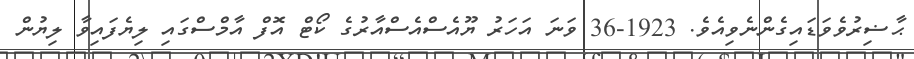
ޙާޟިރުވެވަޑައިގެންނެވިއެވެ. 1923-36 ވަނަ އަހަރު ޔޫއެސްއެސްއާރުގެ ކޯޓް އޮފް އާމްސްގައި ލިޔެފައިވާ ލިޔުން